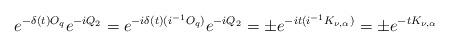
LaTeX: \begin{align*}e^{-\delta(t)O_q}e^{-iQ_2} = e^{-i\delta(t)(i^{-1}O_q)}e^{-iQ_2} = \pm e^{-it(i^{-1}K_{\nu,\alpha})}=\pm e^{-tK_{\nu, \alpha}}\end{align*}